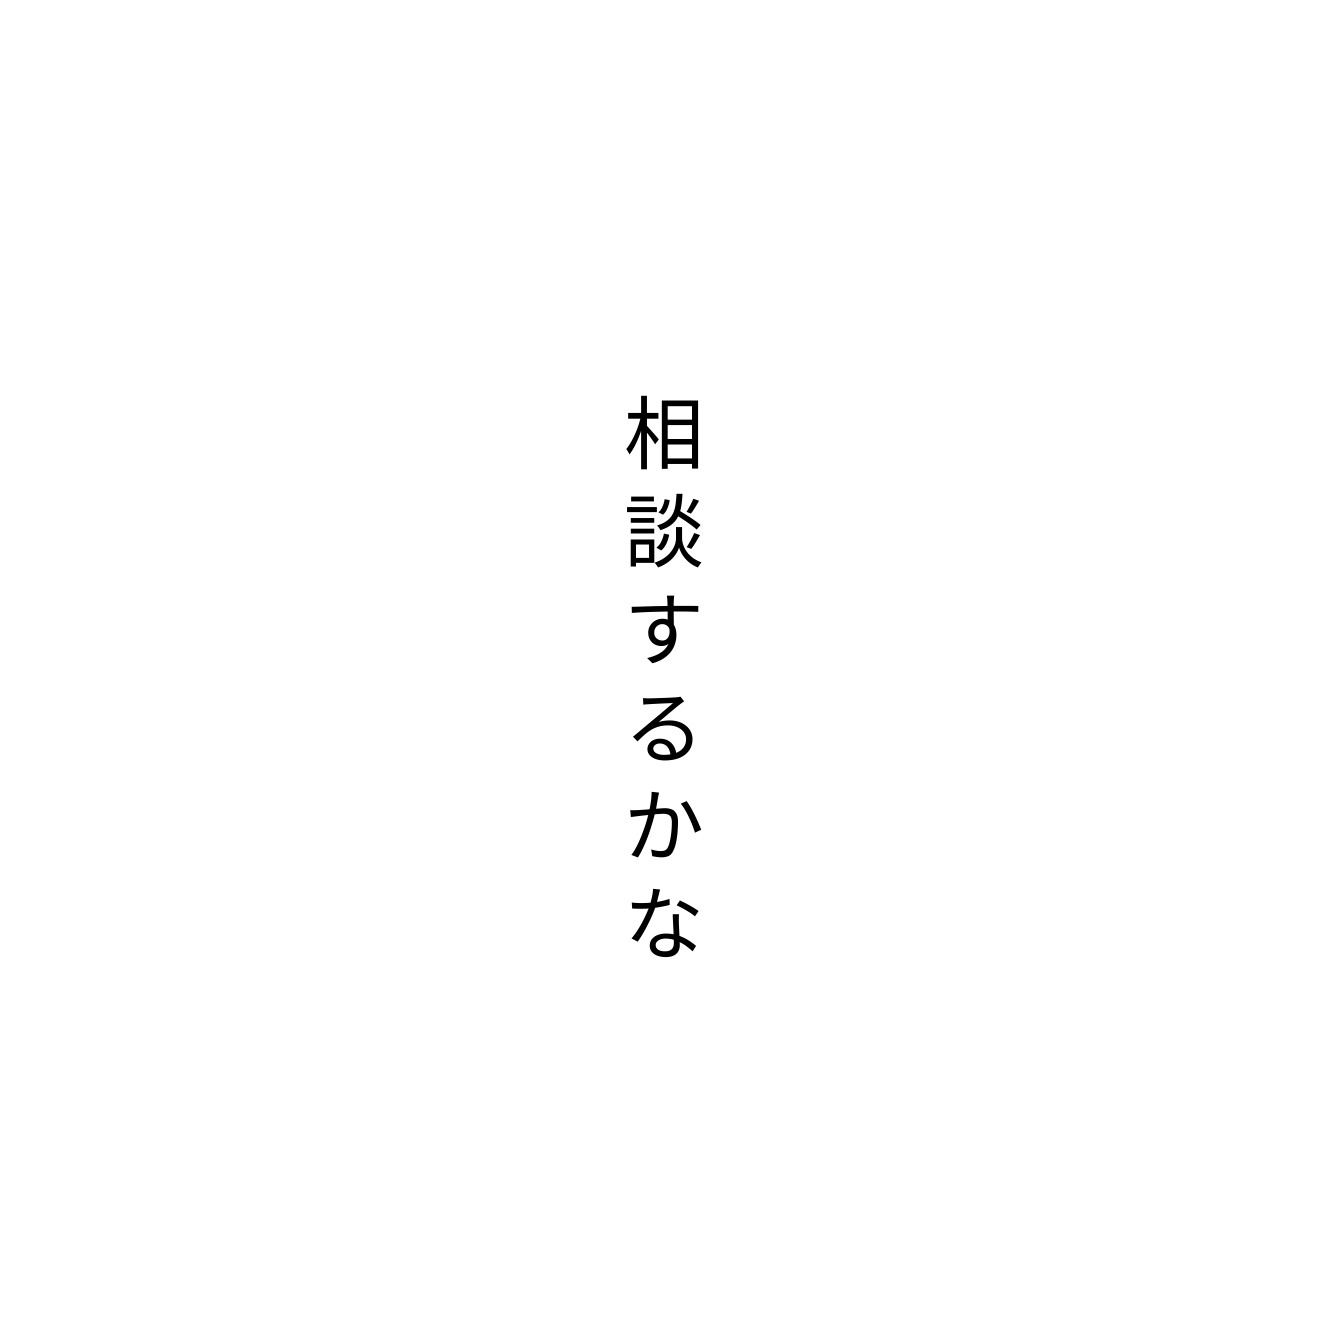
相談するかな